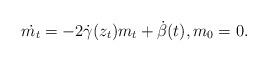
LaTeX: \begin{align*}\dot{m_t}=-2 \dot{ \gamma}(z_t) m_t+ \dot{\beta}(t),m_0 = 0.\end{align*}